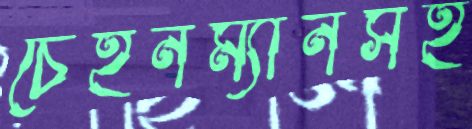
চেইনম্যানসহ